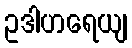
ဥဒါဟရေယျ